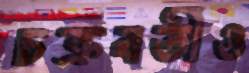
চক্রবর্তীও